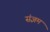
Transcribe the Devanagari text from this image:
संज्ञम